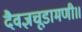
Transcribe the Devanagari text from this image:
दैवज्ञचूडामणी॥